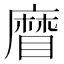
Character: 𥉵